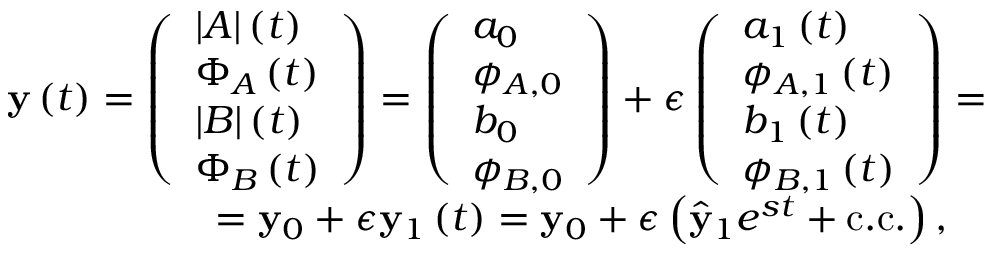
\begin{array} { r } { \mathbf { y } \left( t \right) = \left( \begin{array} { l } { | A | \left( t \right) } \\ { \Phi _ { A } \left( t \right) } \\ { | B | \left( t \right) } \\ { \Phi _ { B } \left( t \right) } \end{array} \right) = \left( \begin{array} { l } { a _ { 0 } } \\ { \phi _ { A , 0 } } \\ { b _ { 0 } } \\ { \phi _ { B , 0 } } \end{array} \right) + \epsilon \left( \begin{array} { l } { a _ { 1 } \left( t \right) } \\ { \phi _ { A , 1 } \left( t \right) } \\ { b _ { 1 } \left( t \right) } \\ { \phi _ { B , 1 } \left( t \right) } \end{array} \right) = } \\ { = \mathbf { y } _ { 0 } + \epsilon \mathbf { y } _ { 1 } \left( t \right) = \mathbf { y } _ { 0 } + \epsilon \left( \hat { \mathbf { y } } _ { 1 } e ^ { s t } + \mathrm { c . c . } \right) , \ \ \ } \end{array}